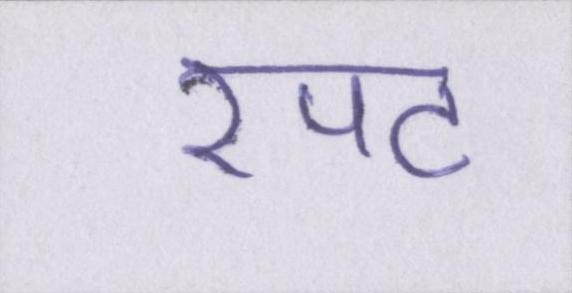
रपट